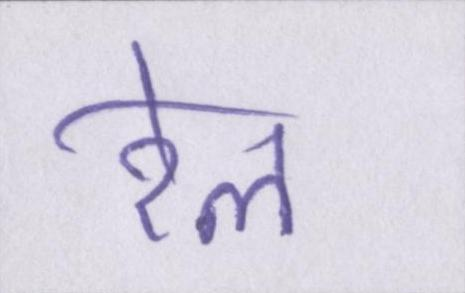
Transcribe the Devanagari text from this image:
रेल